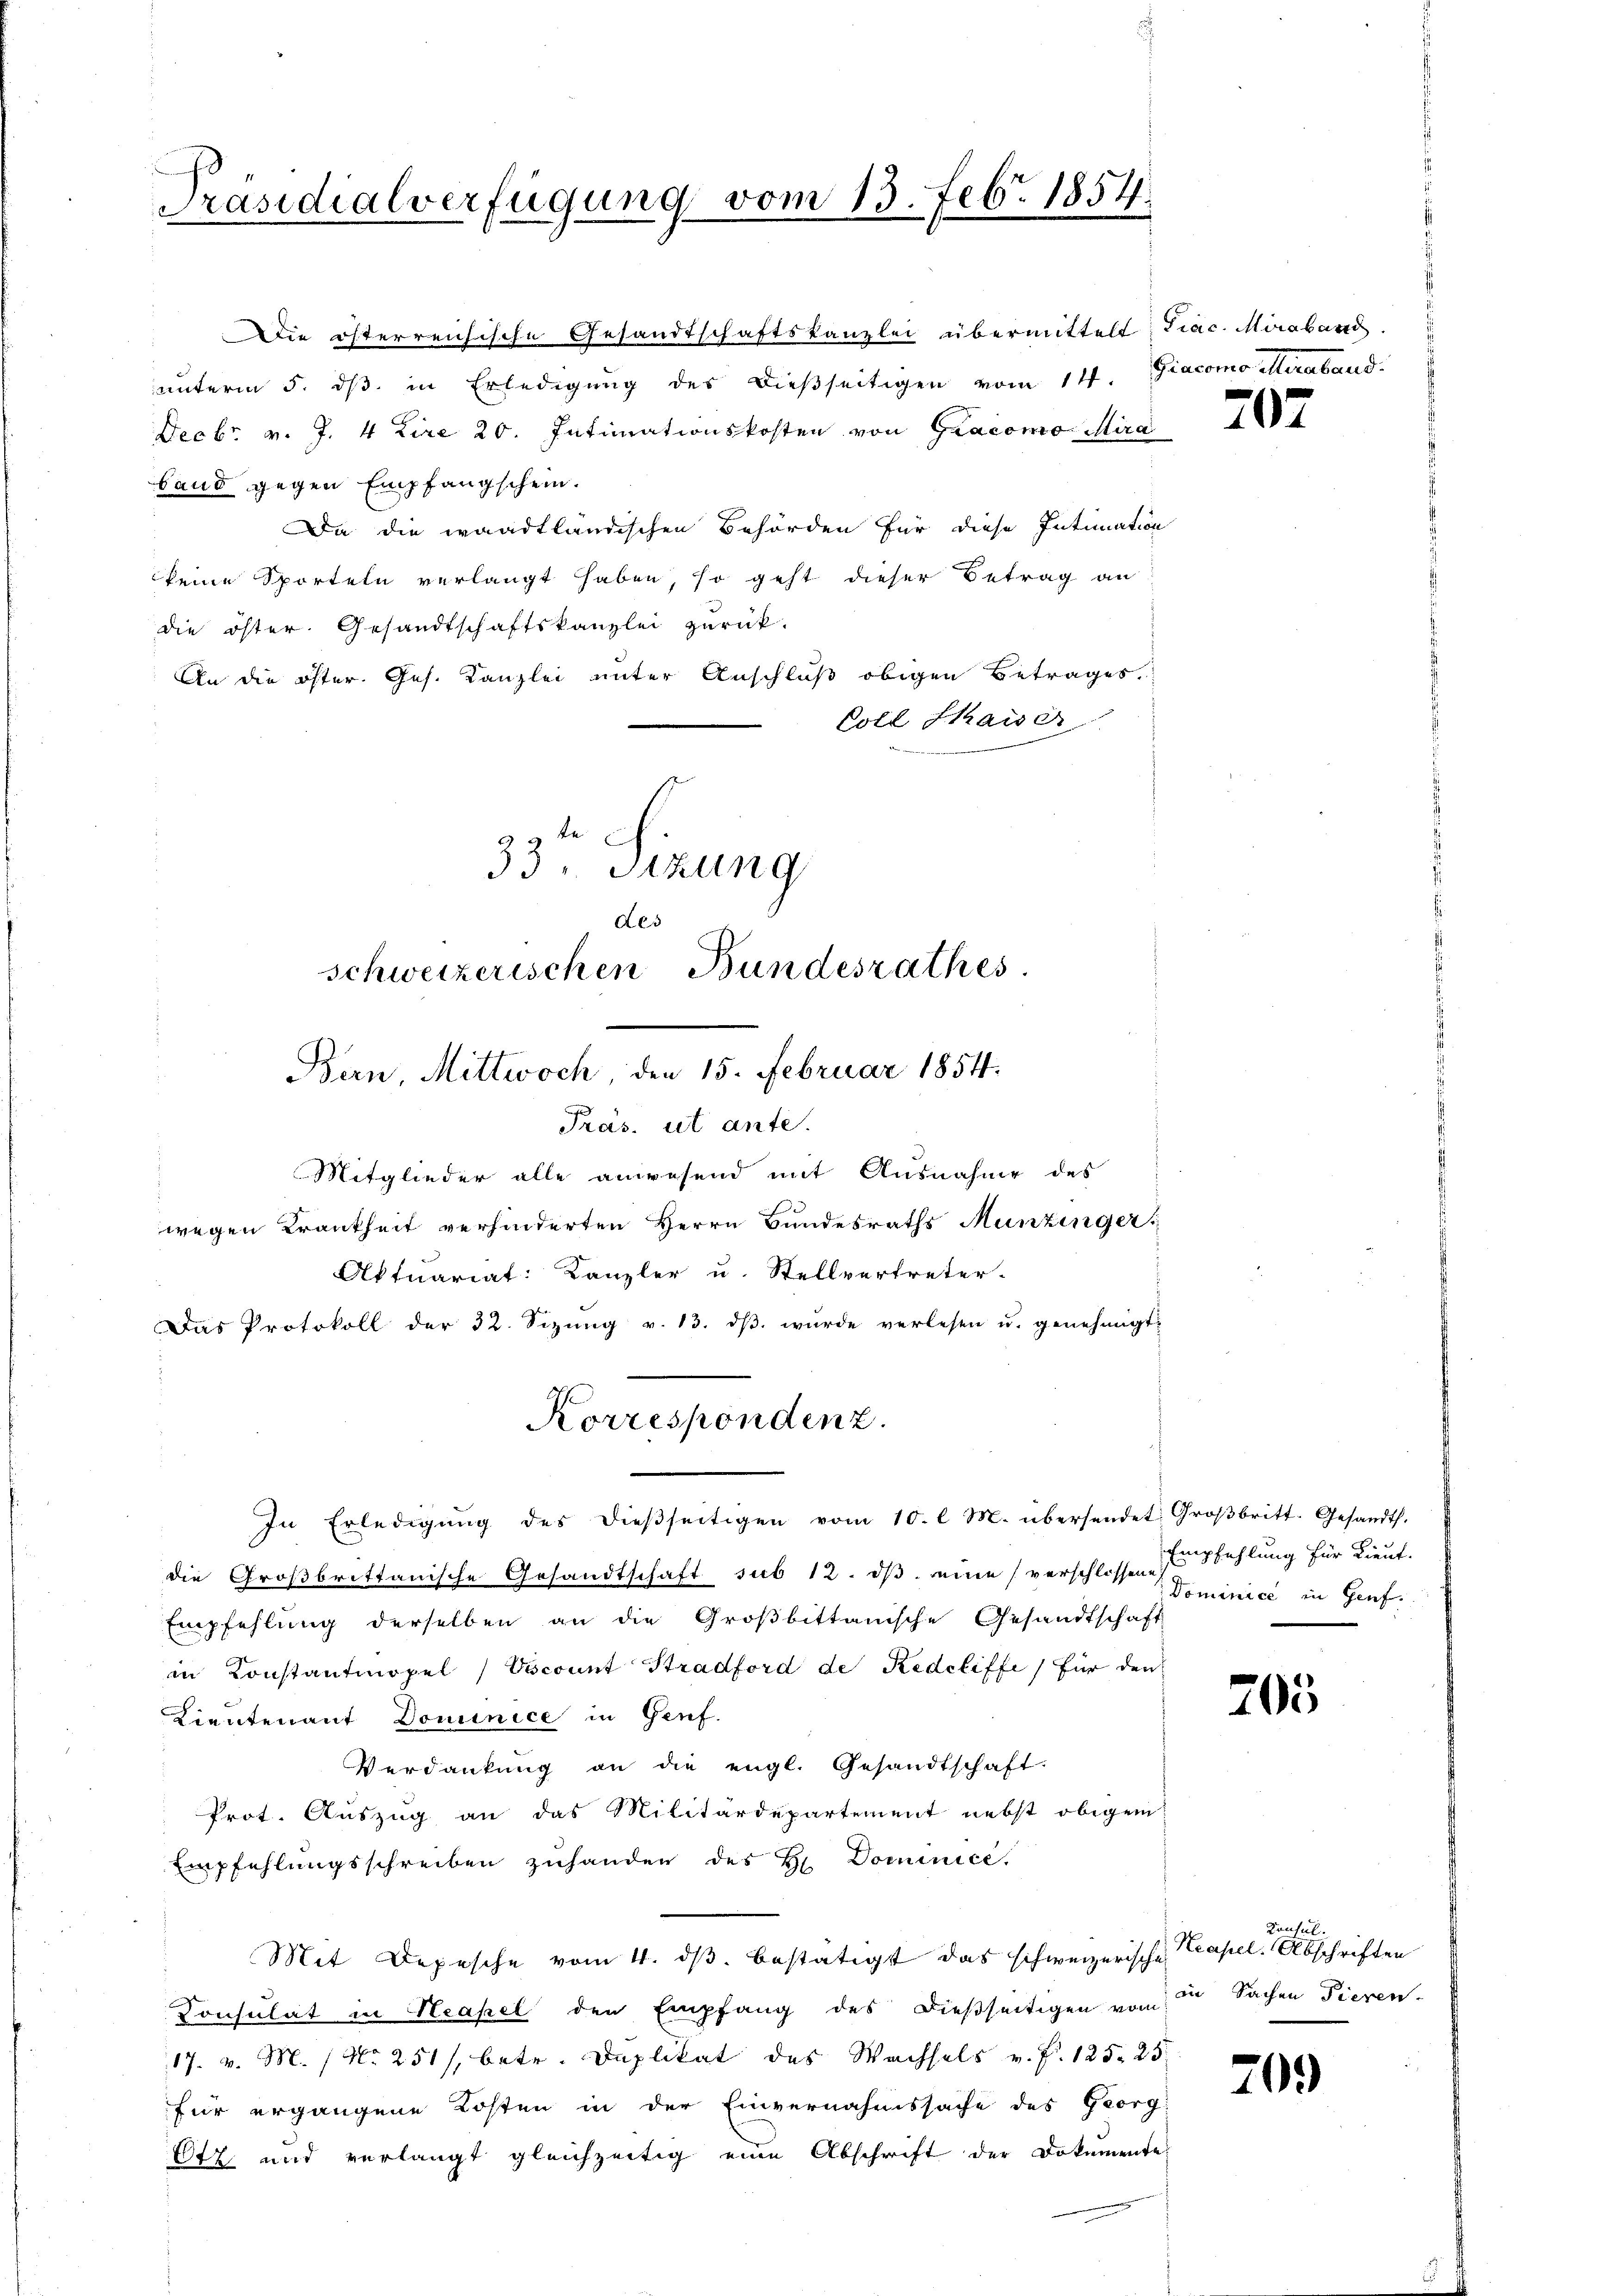
Präsidialverfügung vom 13. Febr. 1854.

Die österreichische Gesandtschaftskanzlei übermittelt Trac. Miraband
ŭnterm 5. dβ in Erledigŭng des dießseitigen vom 14. Giacomo Meraband.
Decbr v. J. 4 Lire 20. Intimationskosten von Gracomo Mira
band gegen Empfangschein.
Da die waadtländischen Behörden für diese Intimation
keine Sporteln verlangt haben, so geht dieser Betrag an
die öster. Gesandtschaftskanzlei zurück.
An die öster. Ges. Kanzlei unter Anschluß obigen Betrages.
Coll Staiser
32
35. Sizung
des
schweizerischen Bundesrathes

Bern, Mittwoch, den 15. Februar 1854.

Präs. ut ante.
Mitglieder alle anwesend mit Ausnahme des
wegen Krankheit verhinderten Herrn Bundesraths Munzinger,
Aktuariat: Kanzler u. Stellvertreter-
Das Protokoll der 32. Sizŭng v. 13. dβ wŭrde verlesen u. genehmigt.
die Großbrittanische Gesandtschaft sub 12. ds. eine verschlossen Dominice in Genf.
Empfehlung derselben an die Großbittanische Gesandtschaft
in Konstantmopel / Vocount Stradford de Redeliffe für den
Lieutenant Dominice in Genf.
Verdankŭng an die engl. Gesandtschaft.
Prot. Auszug an das Militärdepartement nebst obigen
Empfehlungsschreiben zuhanden des H. Dominice.
Mit Depesche vom 4. ds. bestätigt das schweizerische
Consulat in Neapel den Empfang des dießseitigen von in Sachen Tieren-
17. v. M. / No 251/, betr. Duplikat des Wachsels v. P. 125. 25.
für ergangene Kosten in der Einvernahmssache des Georg
Otz und verlangt gleichzeitig eine Abschrift der Dokumente

Korrespondenz.
In Erledigŭng des dieβseitigen vom 10. l. M. übersendet Groβbritt. Gesandts.

202

Empfehlung für Lieut.

205

Konsul.
Neapel. Abschriften

209